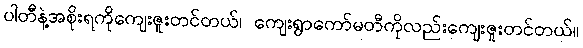
ပါတီနဲ့အစိုးရကိုကျေးဇူးတင်တယ်၊ ကျေးရွာကော်မတီကိုလည်းကျေးဇူးတင်တယ်။